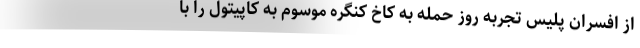
از افسران پلیس تجربه روز حمله به کاخ کنگره موسوم به کاپیتول را با